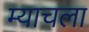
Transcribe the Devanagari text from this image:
म्याचला